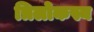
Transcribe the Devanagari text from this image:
त्रिलोकस्य